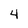
Character: 4